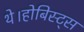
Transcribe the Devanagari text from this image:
थे।होबिस्ट्स